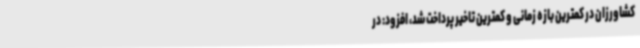
کشاورزان در کمترین بازه زمانی و کمترین تاخیر پرداخت شد، افزود: در